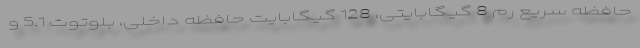
حافظه سریع رم 8 گیگابایتی، 128 گیگابایت حافظه داخلی، بلوتوث 5.1 و